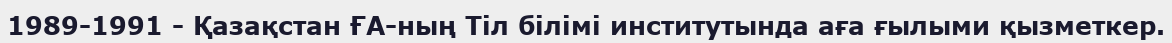
1989-1991 - Қазақстан ҒА-ның Тіл білімі институтында аға ғылыми қызметкер.